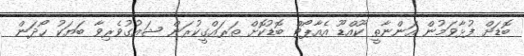
ބޮޑަށް ފުޅާވަމުން އަންނާތީ ކޫއްޑޫ އެއާޕޯޓް ބޮޑުކޮށް ތަރައްގީކުރަން ޝައުގުވެރިވާ ބަޔަކު ހޯދަން